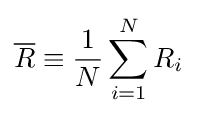
{\overline {R}}\equiv {\frac {1}{N}}\displaystyle \sum _{i=1}^{N}R_{i}